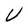
Character: U